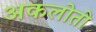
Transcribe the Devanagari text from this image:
अकलोती